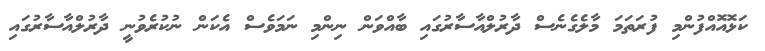
ކަޅޮއޮއްފުންމި ފުރަތަމަ މާލެގެނެސް ދާރުލްއާސާރުގައި ބާއްވަން ނިންމި ނަމަވެސް އެކަން ނުކުރެވުނީ ދާރުލްއާސާރުގައި